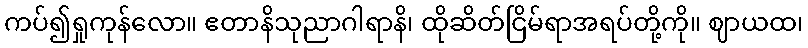
ကပ်၍ရှုကုန်လော။ ဧတာနိသုညာဂါရာနိ၊ ထိုဆိတ်ငြိမ်ရာအရပ်တို့ကို။ ဈာယထ၊